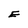
Character: E